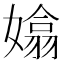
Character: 嬆